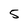
Character: 5